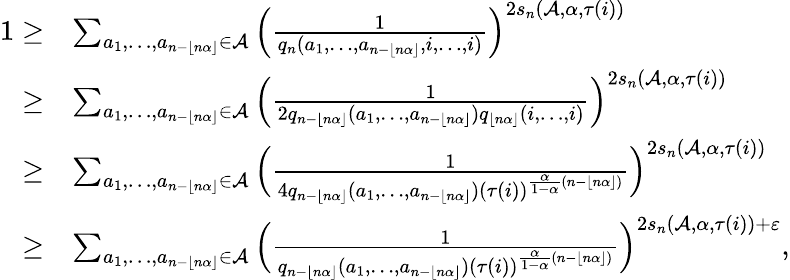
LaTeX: \begin{array}{rl}{1\ge}&{\sum_{a_{1},\ldots,a_{n-\lfloor n\alpha\rfloor}\in\mathcal{A}}\Big(\frac{1}{q_{n}(a_{1},\ldots,a_{n-\lfloor n\alpha\rfloor},i,\ldots,i)}\Big)^{2s_{n}(\mathcal{A},\alpha,{\tau(i)})}}\\ {\ge}&{\sum_{a_{1},\ldots,a_{n-\lfloor n\alpha\rfloor}\in\mathcal{A}}\Big(\frac{1}{2q_{n-\lfloor n\alpha\rfloor}(a_{1},\ldots,a_{n-\lfloor n\alpha\rfloor})q_{\lfloor n\alpha\rfloor}(i,\ldots,i)}\Big)^{2s_{n}(\mathcal{A},\alpha,{\tau(i)})}}\\ {\ge}&{\sum_{a_{1},\ldots,a_{n-\lfloor n\alpha\rfloor}\in\mathcal{A}}\Big(\frac{1}{4q_{n-\lfloor n\alpha\rfloor}(a_{1},\ldots,a_{n-\lfloor n\alpha\rfloor})(\tau(i))^{\frac{\alpha}{1-\alpha}(n-\lfloor n\alpha\rfloor)}}\Big)^{2s_{n}(\mathcal{A},\alpha,{\tau(i)})}}\\ {\ge}&{\sum_{a_{1},\ldots,a_{n-\lfloor n\alpha\rfloor}\in\mathcal{A}}\Big(\frac{1}{q_{n-\lfloor n\alpha\rfloor}(a_{1},\ldots,a_{n-\lfloor n\alpha\rfloor})(\tau(i))^{\frac{\alpha}{1-\alpha}(n-\lfloor n\alpha\rfloor)}}\Big)^{2s_{n}(\mathcal{A},\alpha,{\tau(i)})+\varepsilon},}\end{array}